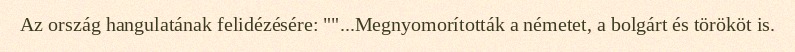
Az ország hangulatának felidézésére: ""...Megnyomorították a németet, a bolgárt és törököt is.